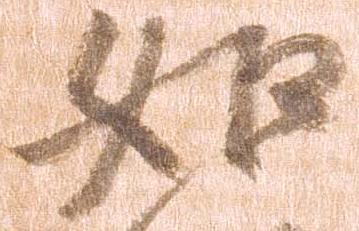
如